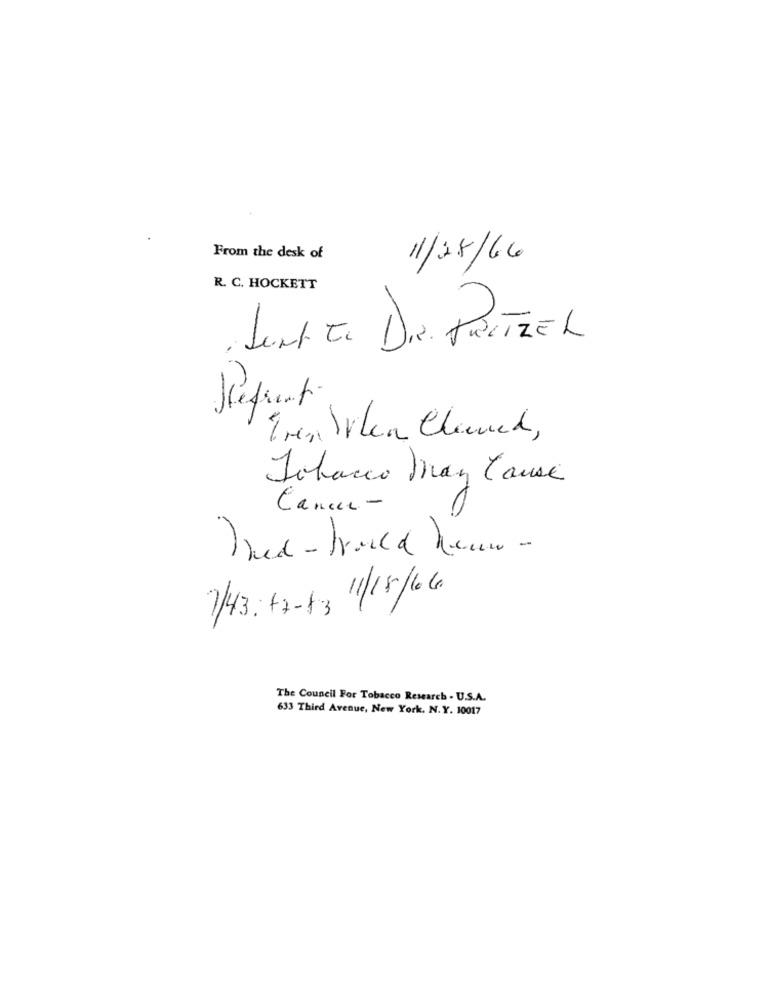
From the desk of
11/25/66
R. C. HOCKETT
Junte. DR. PRETZEL
Héfront-
Tren When Clauch,
Tobacco May Cause
Cancer -
Thed-trold how-
-
1/43:+2-+3 1/15/66.
The Council For Tobacco Research - U.S.A.
633 Third Avenue, New York, N.Y. 10017